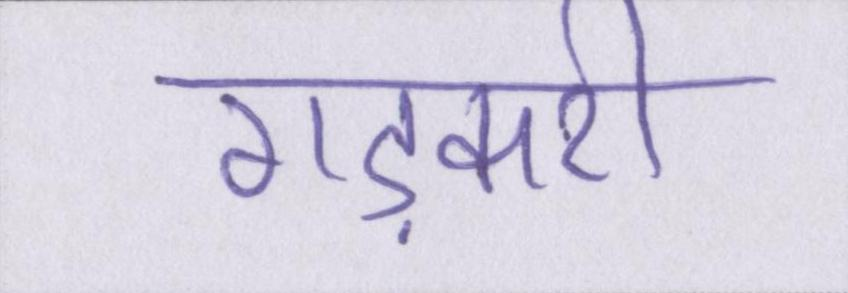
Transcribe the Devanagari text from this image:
गड़करी